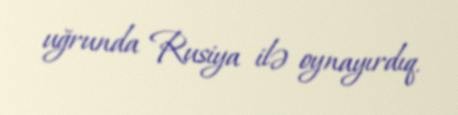
uğrunda Rusiya ilə oynayırdıq.